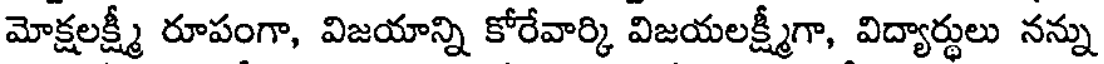
మోక్షలక్ష్మీ రూపంగా, విజయాన్ని కోరేవార్కి విజయలక్ష్మీగా, విద్యార్థులు నన్ను